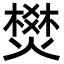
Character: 燓